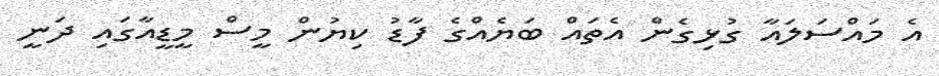
އެ މައްސަލައާ ގުޅިގެން އެތައް ބަޔެއްގެ ފާޑު ކިޔުން މީސް މީޑީއާގައި ދަނީ